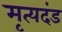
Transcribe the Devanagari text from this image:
मृत्यदंड